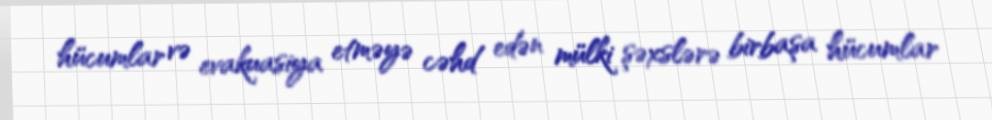
hücumlar və evakuasiya etməyə cəhd edən mülki şəxslərə birbaşa hücumlar